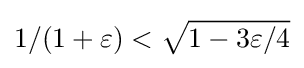
1/(1+\varepsilon )<{\sqrt {1-3\varepsilon /4}}